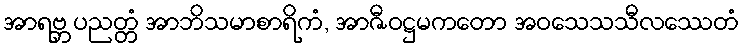
အာရဗ္ဘ ပညတ္တံ အာဘိသမာစာရိကံ, အာဇီဝဋ္ဌမကတော အဝသေသသီလဿေတံ